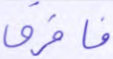
فافرق